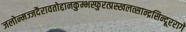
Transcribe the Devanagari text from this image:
जलोन्मज्जदैरावतोद्दानकुम्भस्फुरत्प्रस्खलत्सान्द्रसिन्दूररागे